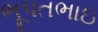
ભૂપતભાઇ